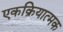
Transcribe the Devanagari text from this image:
एकक्रियात्मक